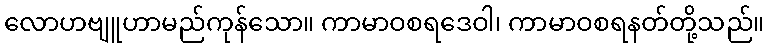
လောဟဗျူဟာမည်ကုန်သော။ ကာမာဝစရဒေဝါ၊ ကာမာဝစရနတ်တို့သည်။